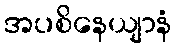
အပစိနေယျာနံ